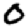
Digit: 0